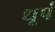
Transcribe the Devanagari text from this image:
धूपं